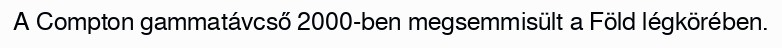
A Compton gammatávcső 2000-ben megsemmisült a Föld légkörében.